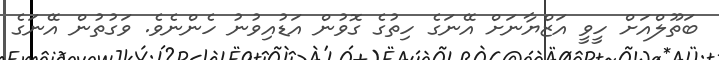
ބަތޫލްއަށް ހީވީ އަޒްޔާނަށް އޭނަގެ ހިތުގެ ގޮވުން އަޑުއިވުނު ހެންނެވެ. ވަގުތުން އޭނަގެ